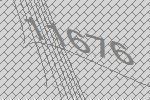
11676